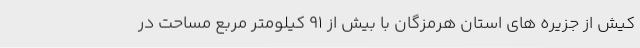
کیش از جزیره های استان هرمزگان با بیش از ۹۱ کیلومتر مربع مساحت در